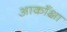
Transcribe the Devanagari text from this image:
आकाँक्षा